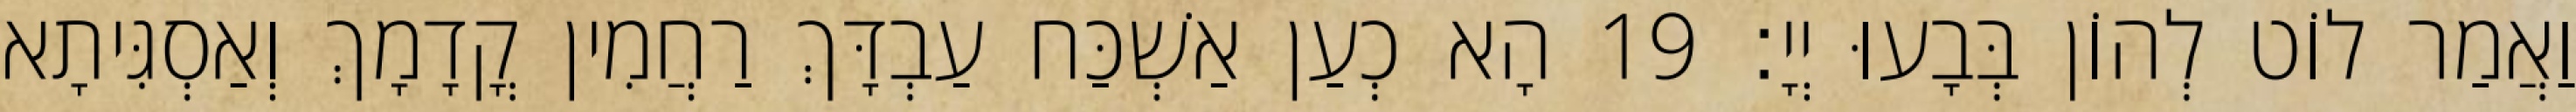
וַאֲמַר לוֹט לְהוֹן בְּבָעוּ יְיָ׃ 19 הָא כְעַן אַשְׁכַּח עַבְדָּךְ רַחֲמִין קֳדָמָךְ וְאַסְגִּיתָא